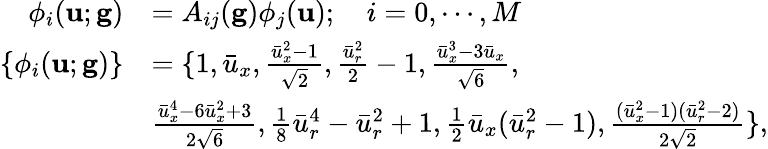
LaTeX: \begin{array}{rl}{\phi_{i}(\mathbf{u};\mathbf{g})}&{=A_{ij}(\mathbf{g})\phi_{j}(\mathbf{u});\quad i=0,\cdots,M}\\ {\{ \phi_{i}(\mathbf{u};\mathbf{g})\} }&{=\{ 1,\bar{u}_{x},\frac{\bar{u}_{x}^{2}-1}{\sqrt{2}},\frac{\bar{u}_{r}^{2}}{2}-1,\frac{\bar{u}_{x}^{3}-3\bar{u}_{x}}{\sqrt{6}},}\\ &{\frac{\bar{u}_{x}^{4}-6\bar{u}_{x}^{2}+3}{2\sqrt{6}},\frac{1}{8}\bar{u}_{r}^{4}-\bar{u}_{r}^{2}+1,\frac{1}{2}\bar{u}_{x}(\bar{u}_{r}^{2}-1),\frac{(\bar{u}_{x}^{2}-1)(\bar{u}_{r}^{2}-2)}{2\sqrt{2}}\} ,}\end{array}